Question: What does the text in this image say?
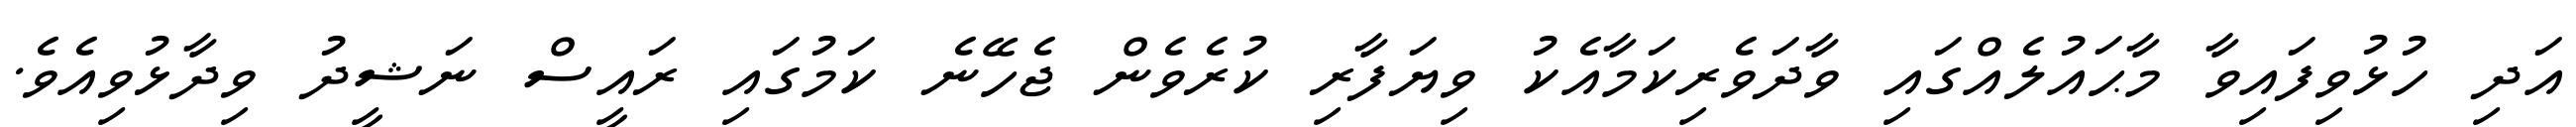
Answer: އަދި ހުޅުވިފައިވާ މާޙައުލެއްގައި ވާދަވެރިކަމާއެކު ވިޔަފާރި ކުރެވެން ޖެހޭނެ ކަމުގައި ރައީސް ނަޝީދު ވިދާޅުވިއެވެ.